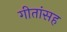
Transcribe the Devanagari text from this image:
गीतांसह